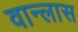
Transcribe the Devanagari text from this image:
वान्लास